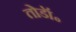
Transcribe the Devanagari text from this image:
तोडॉ॰